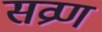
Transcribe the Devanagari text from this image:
सव्रण